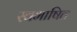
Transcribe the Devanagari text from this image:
स्वभाषित